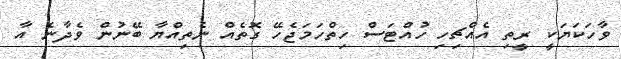
ވާހަކަޔަކީ ރީތި އެއްޗިހި ހުއްޓަސް ހިތްހަމަޖެހޭ ގޮތެއް ނެތިއްޔާ ބޭނުން ވެދާނެ އާ